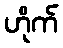
ဟိုက်